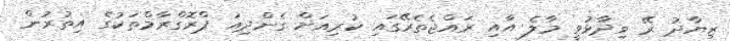
ޒިޔާދު ރޭ ވިދާޅުވީ މާލެ އާއި ރައްޖެތެރޭގައި ކުރިއަށް ގެންދިއަ ޕްރޮގްރާމްތަކުގެ އިތުރުން